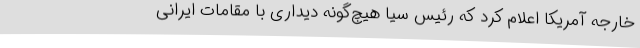
خارجه آمریکا اعلام کرد که رئیس سیا هیچ‌گونه دیداری با مقامات ایرانی